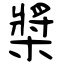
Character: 槳